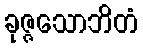
ခုဇ္ဇသောဘိတံ